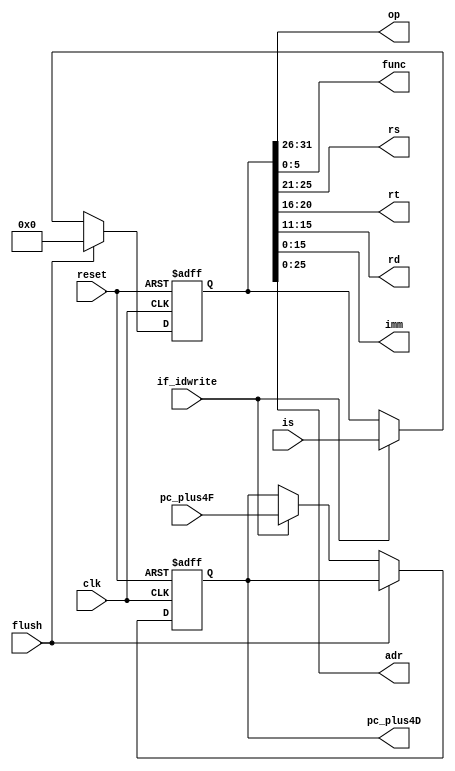
`timescale 1ns / 1ps
//////////////////////////////////////////////////////////////////////////////////
// Company: 
// Engineer: 
// 
// Design Name: 
// Module Name: IfToId
// Project Name: 
// Target Devices: 
// Tool Versions: 
// Description: 
// 
// Dependencies: 
// 
// Revision:
// Revision 0.01 - File Created
// Additional Comments:
// 
//////////////////////////////////////////////////////////////////////////////////


module IfToId(
    input clk, reset,
    input if_idwrite,
    input flush,
    input [31:0] is,
    input [31:0] pc_plus4F,
    output [5:0] op,
    output [5:0] func,
    output [4:0] rs,
    output [4:0] rt,
    output [4:0] rd,
    output [15:0] imm,
    output [25:0] adr,
    output reg [31:0] pc_plus4D
    );
    reg [31:0] instruct;
    
    always @(posedge clk or posedge reset) begin
        if (reset) begin
            instruct <= 0;
            pc_plus4D <= 0;
        end
        else if(flush)begin
            instruct<=0; 
        end
        else if(if_idwrite) begin
            instruct <= is;
            pc_plus4D <= pc_plus4F;
        end
    end
    
    assign op = instruct [31:26];
    assign func = instruct [5:0];
    assign rs = instruct [25:21];
    assign rt = instruct [20:16];
    assign rd = instruct [15:11];
    assign imm = instruct [15:0];
    assign adr = instruct [25:0];
    
endmodule